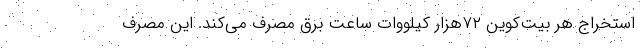
استخراج هر بیت‌کوین ۷۲هزار کیلووات ساعت برق مصرف می‌کند. این مصرف